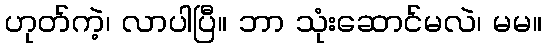
ဟုတ်ကဲ့၊ လာပါပြီ။ ဘာ သုံးဆောင်မလဲ၊ မမ။